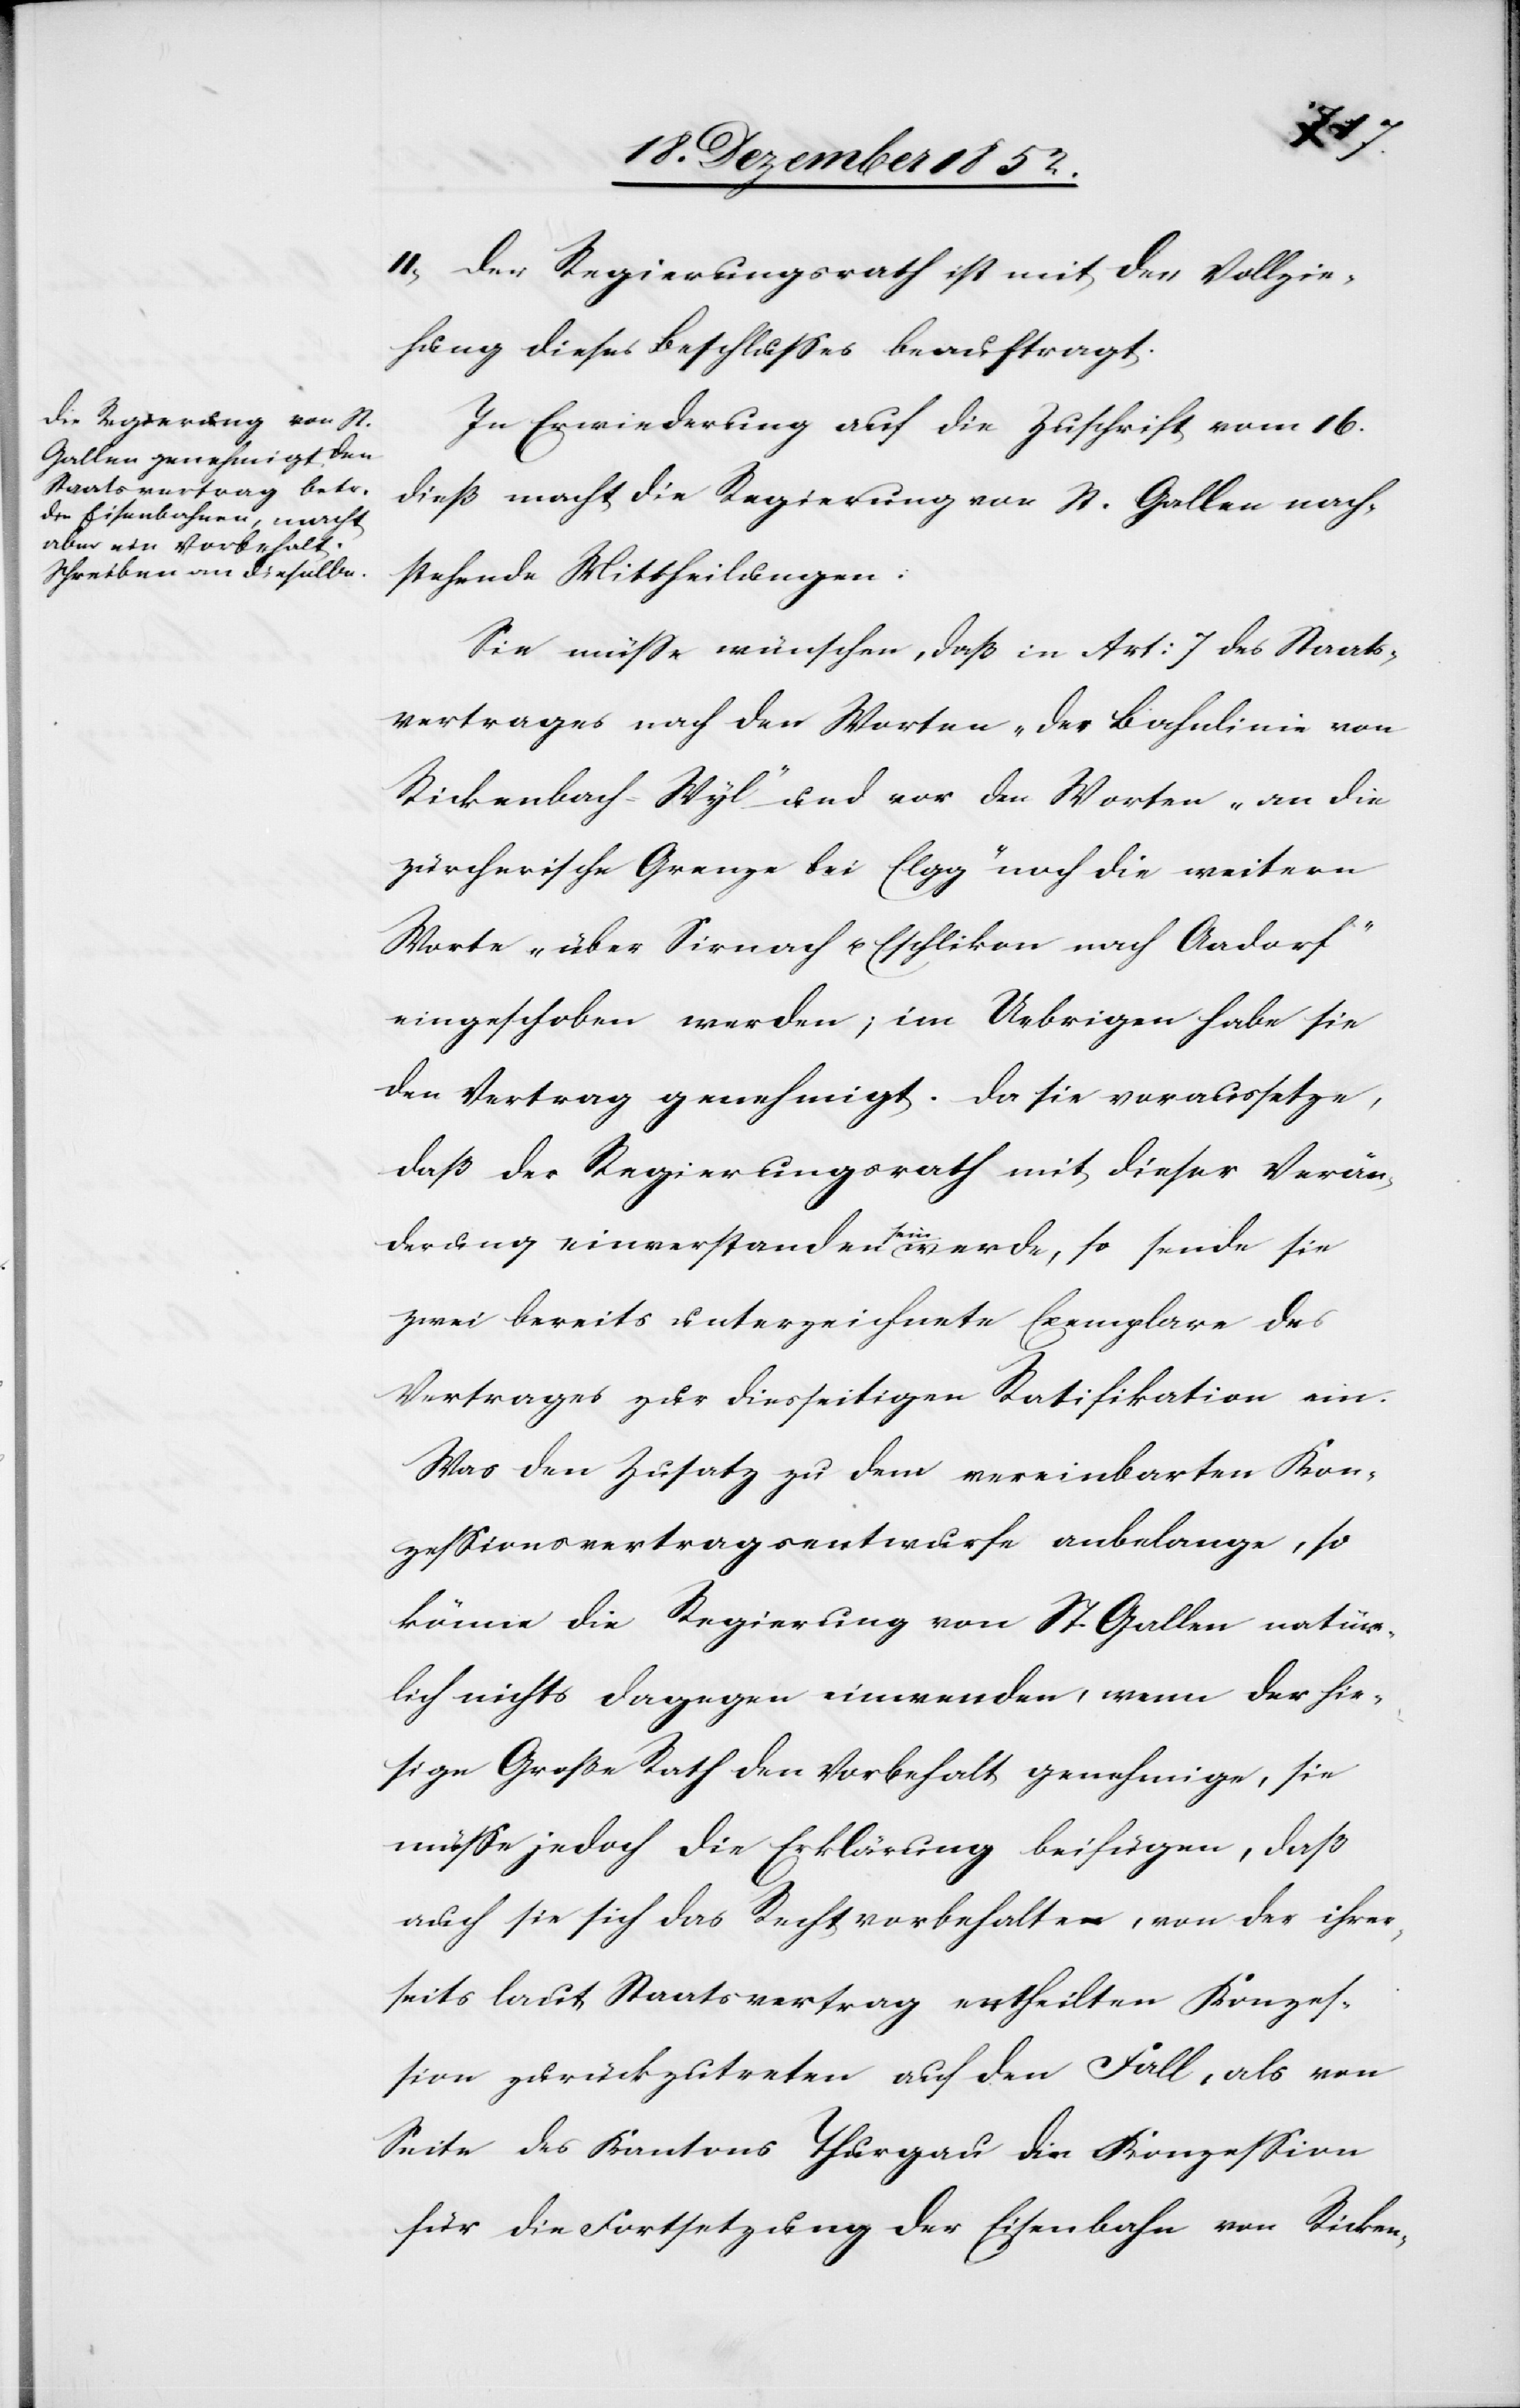
II, Der Regierungsrath ist mit der Vollzie¬
hung dieses Beschlusses beauftragt.
In Erwiederung auf die Zuschrift vom 16.
dieß macht die Regierung von St. Gallen nach¬
stehende Mittheilungen:
Sie müsse wünschen, daß in Art: 7 des Staats¬
vertrages nach den Worten „der Bahnlinie von
Rickenbach-Wyl“ und vor den Worten „an die
zürcherische Grenze bei Elgg“ noch die weitern
Worte „über Sirnach u. Eschlikon nach Aadorf“
eingeschoben werden; im Uebrigen habe sie
den Vertrag genehmigt. Da sie voraussetze,
daß der Regierungsrath mit dieser Verän¬
derung einverstanden sein werde, so sende sie
zwei bereits unterzeichnete Exemplare des
Vertrages zur diesseitigen Ratifikation ein.
Was den Zusatz zu dem vereinbarten Kon¬
zessionsvertragsentwurfe anbelange, so
könne die Regierung von St. Gallen natür¬
lich nichts dagegen einwenden, wenn der hie¬
sige Große Rath den Vorbehalt genehmigt, sie
müsse jedoch die Erklärung beifügen, daß
auch sie sich das Recht vorbehalte, von der ihrer¬
seits laut Staatsvertrag ertheilten Konzes¬
sion zurückzutreten auf den Fall, als von
Seite des Kantons Thurgau die Konzession
für die Fortsetzung der Eisenbahn von Ricken-